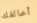
أخالفك